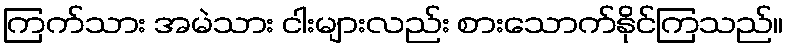
ကြက်သား အမဲသား ငါးများလည်း စားသောက်နိုင်ကြသည်။